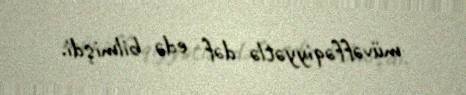
müvəffəqiyyətlə dəf edə bilmişdi.